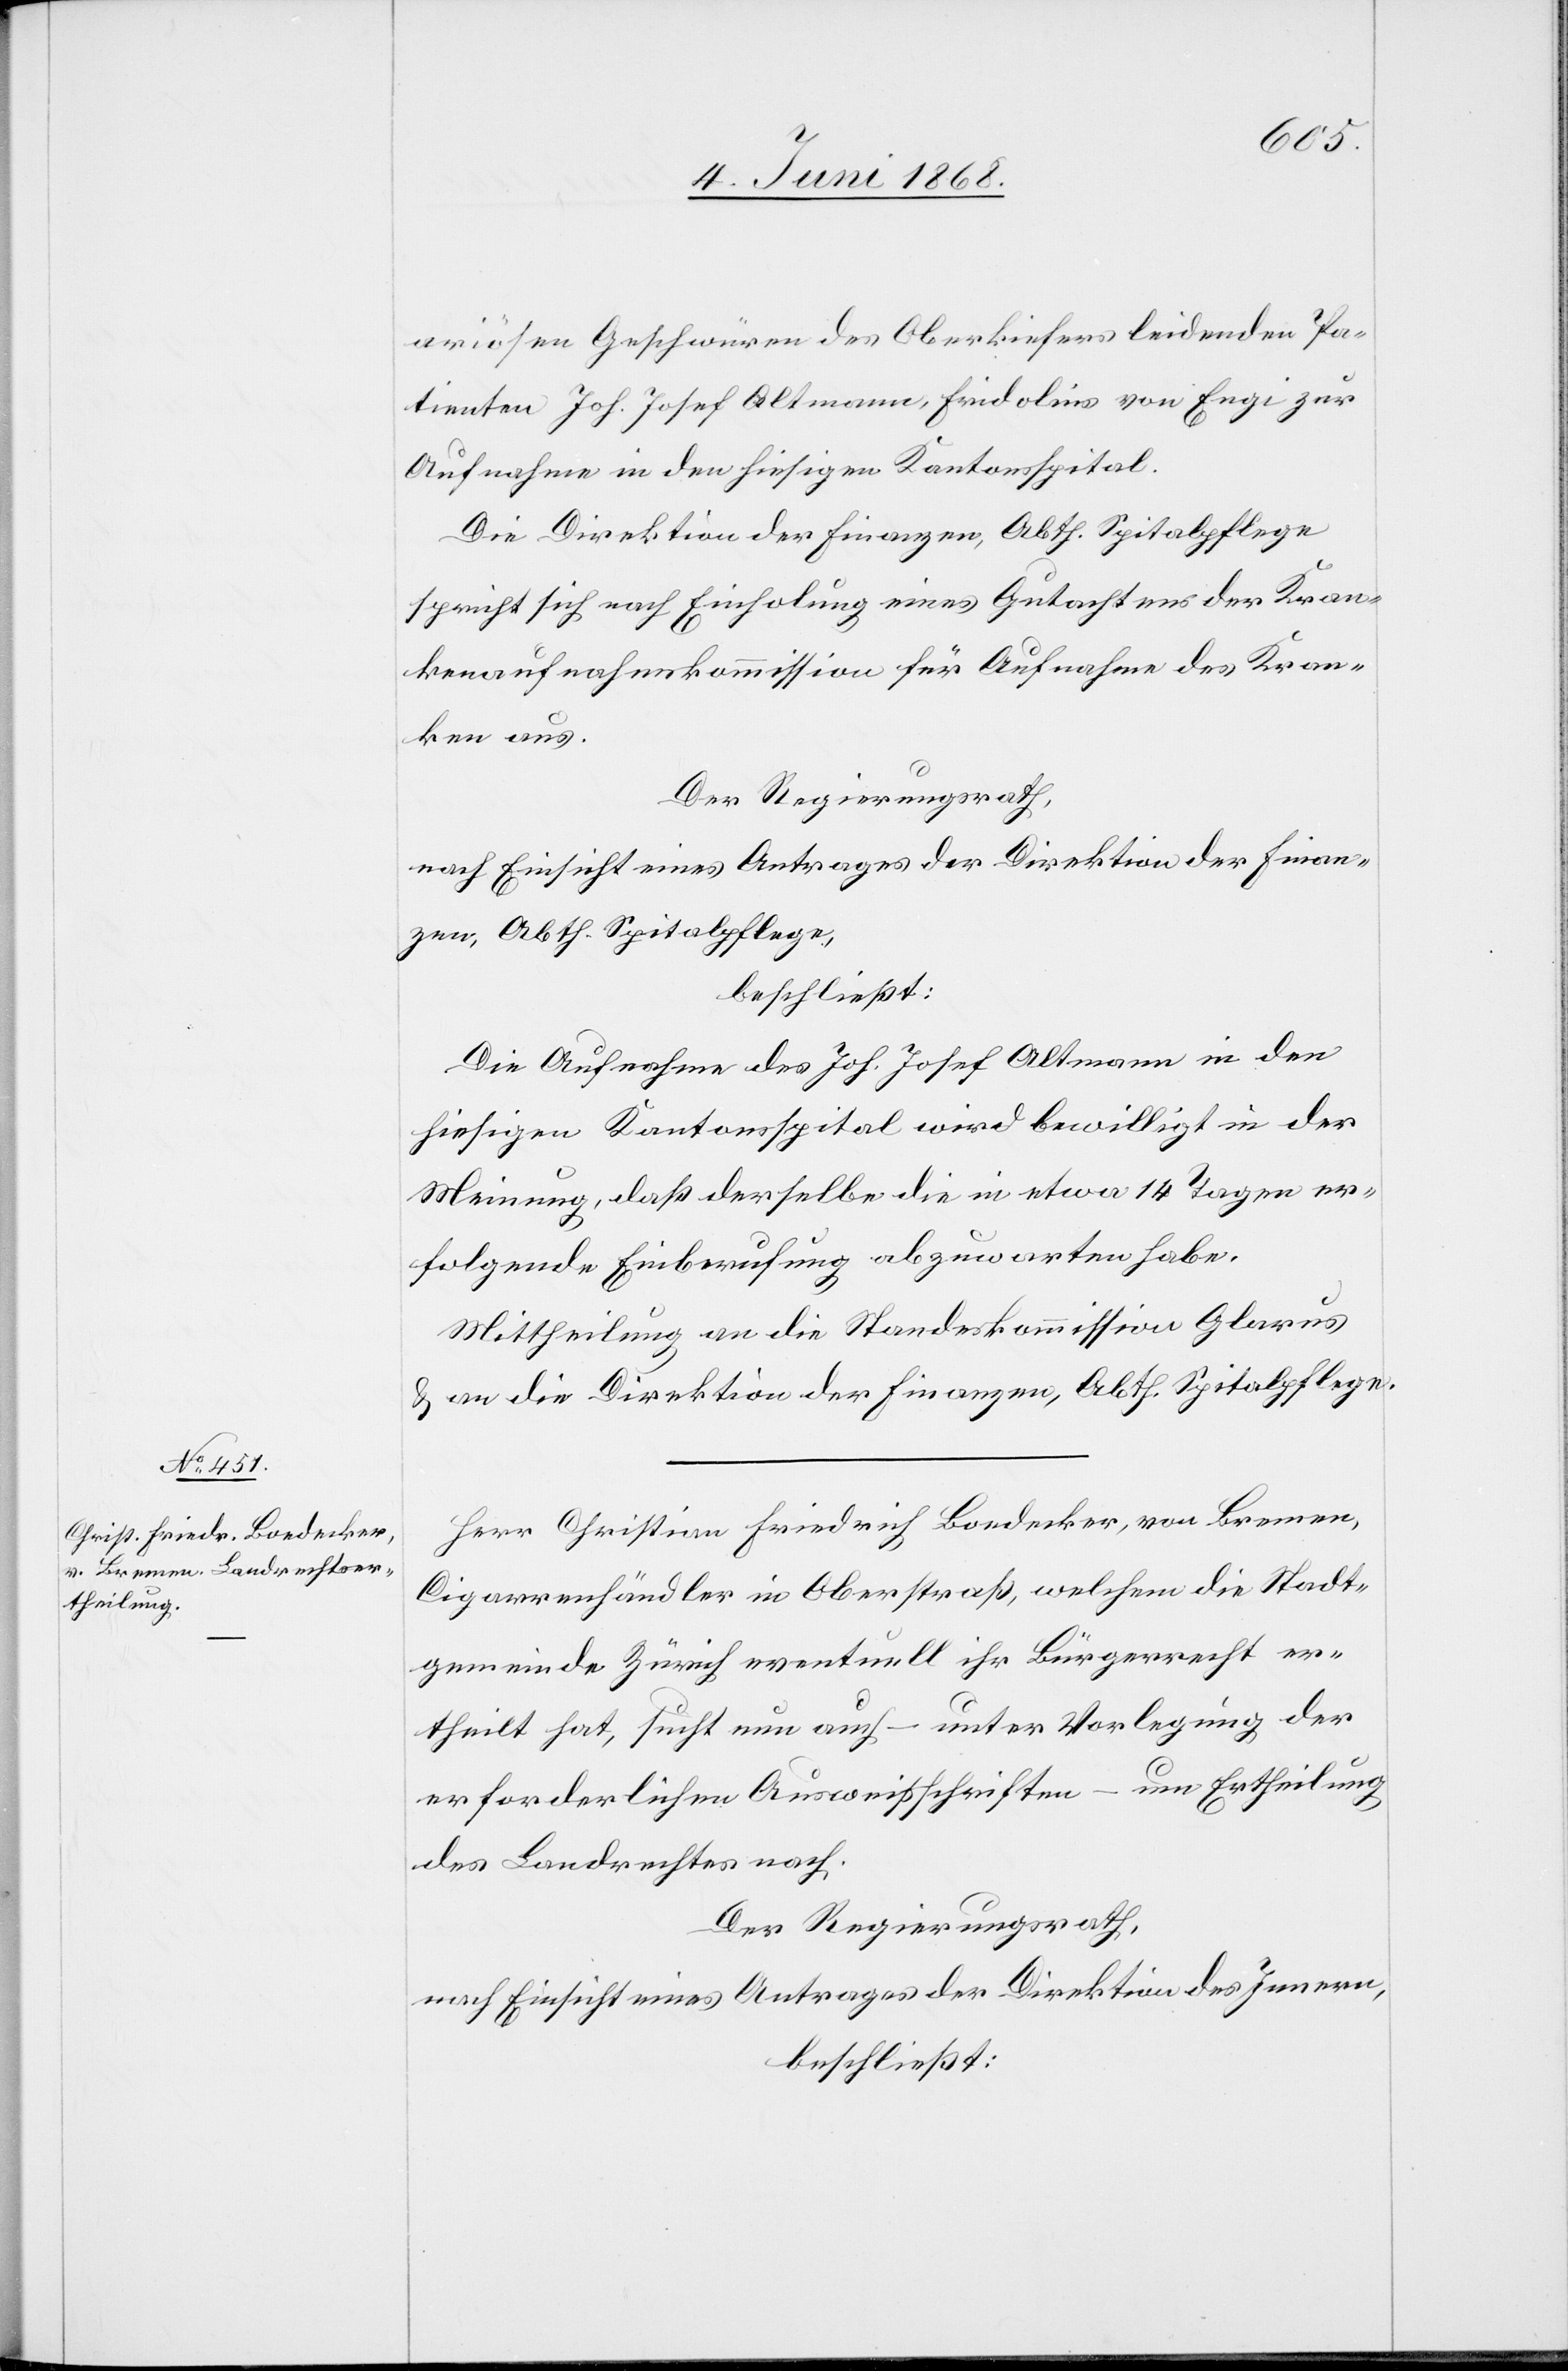
ariösen Geschwüren des Oberkiefers leidenden Pa¬
tienten Joh. Josef Altmann, Fridolins von Engi zur
Aufnahme in den hiesigen Kantonsspital.
Die Direktion der Finanzen, Abth. Spitalpflege
spricht sich nach Einholung eines Gutachtens der Kran¬
kenaufnahmskommission für Aufnahme des Kran¬
ken aus.
Der Regierungsrath,
nach Einsicht eines Antrages der Direktion der Finan¬
zen, Abth. Spitalpflege,
beschließt:
Die Aufnahme des Joh. Josef Altmann in den
hiesigen Kantonsspital wird bewilligt in der
Meinung, daß derselbe die in etwa 14 Tagen er¬
folgende Einberufung abzuwarten habe.
Mittheilung an die Standeskommission Glarus
& an die Direktion der Finanzen, Abth. Spitalpflege.
Herr Christian Friedrich Boedecker, von Bremen,
Cigarrenhändler in Oberstraß, welchem die Stadt¬
gemeinde Zürich eventuell ihr Bürgerrecht er¬
theilt hat, sucht nun auch – unter Vorlegung der
erforderlichen Ausweisschriften – um Ertheilung
des Landrechtes nach.
Der Regierungsrath,
nach Einsicht eines Antrages der Direktion des Innern,
beschließt: